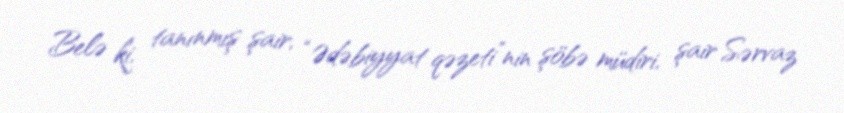
Belə ki, tanınmış şair, “Ədəbiyyat qəzeti”nin şöbə müdiri, şair Sərvaz